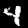
Label: 4